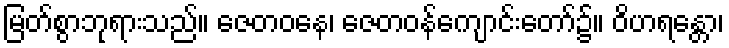
မြတ်စွာဘုရားသည်။ ဇေတဝနေ၊ ဇေတဝန်ကျောင်းတော်၌။ ဝိဟရန္တော၊